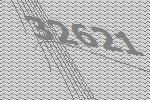
32621